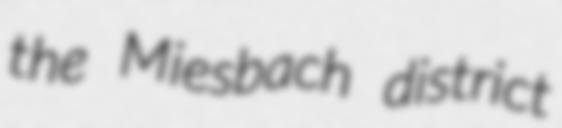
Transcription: the Miesbach district